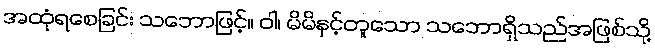
အထုံရစေခြင်း သဘောဖြင့်။ ဝါ၊ မိမိနှင့်တူသော သဘောရှိသည်အဖြစ်သို့